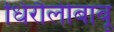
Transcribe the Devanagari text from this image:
धिरौलीबाबू